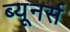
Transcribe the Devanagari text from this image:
ब्यूनर्स